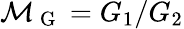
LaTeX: \mathcal{M}_{\mathrm{~G~}}=G_{1}/G_{2}